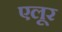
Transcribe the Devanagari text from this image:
एलूर